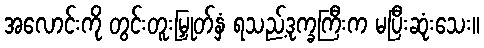
အလောင်းကို တွင်းတူးမြှုတ်နှံ ရသည့်ဒုက္ခကြီးက မပြီးဆုံးသေး။